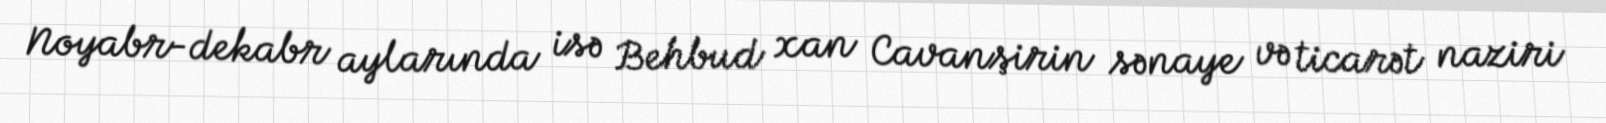
Noyabr-dekabr aylarında isə Behbud xan Cavanşirin sənaye və ticarət naziri